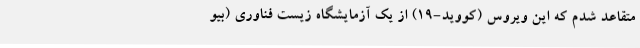
متقاعد شدم که این ویروس (کووید-۱۹) از یک آزمایشگاه زیست فناوری (بیو